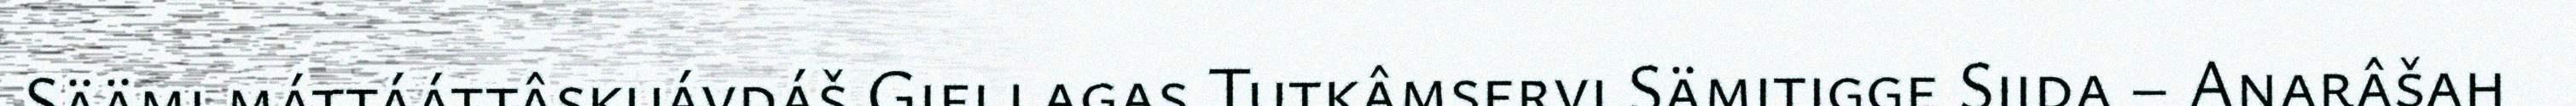
Säämi máttááttâskuávdáš Giellagas Tutkâmservi Sämitigge Siida – Anarâšah